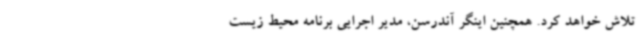
تلاش خواهد کرد. همچنین اینگر آندرسن، مدیر اجرایی برنامه محیط زیست